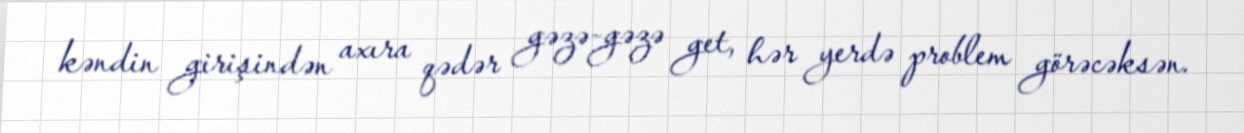
kəndin girişindən axıra qədər gəzə-gəzə get, hər yerdə problem görəcəksən.